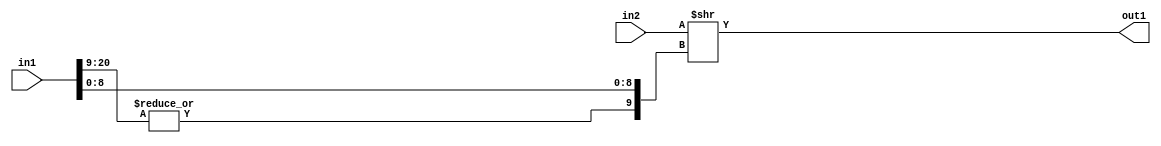
`timescale 1ps / 1ps
/*****************************************************************************
    Verilog RTL Description
    
    
    Created by: Stratus DpOpt 2019.1.01 
*******************************************************************************/

module cache_RightShift_320Ux21S_10U_1 (
	in2,
	in1,
	out1
	); /* architecture "behavioural" */ 
input [319:0] in2;
input [20:0] in1;
output [9:0] out1;
wire [9:0] asc001;

assign asc001 = in2 >> {|in1[20:9], in1[8:0]};

assign out1 = asc001;
endmodule

/* CADENCE  ubP2TA8= : u9/ySgnWtBlWxVPRXgAZ4Og= ** DO NOT EDIT THIS LINE ******/